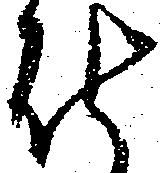
仕